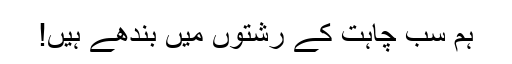
ہم سب چاہت کے رشتوں میں بندھے ہیں!